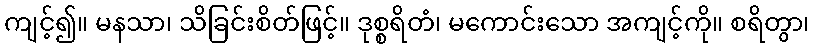
ကျင့်၍။ မနသာ၊ သိခြင်းစိတ်ဖြင့်။ ဒုစ္စရိတံ၊ မကောင်းသော အကျင့်ကို။ စရိတွာ၊